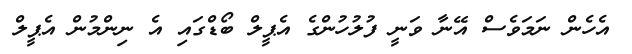
އެހެން ނަމަވެސް އޭނާ ވަނީ ފުލުހުންގެ އެޕީލް ބޯޑްގައި އެ ނިންމުން އެޕީލް